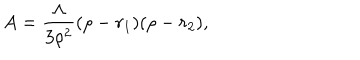
A = \frac { \Lambda } { 3 \rho ^ { 2 } } ( \rho - r _ { 1 } ) ( \rho - r _ { 2 } ) ,